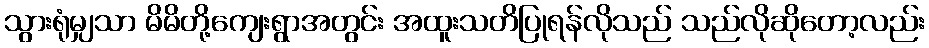
သွားရုံမျှသာ မိမိတို့ကျေးရွာအတွင်း အထူးသတိပြုရန်လိုသည် သည်လိုဆိုတော့လည်း